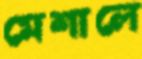
মেশালে